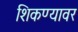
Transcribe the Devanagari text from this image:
शिकण्यावर